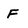
Character: F